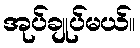
အုပ်ချုပ်မယ်။